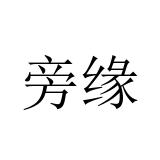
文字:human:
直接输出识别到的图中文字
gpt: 旁缘